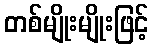
တစ်မျိုးမျိုးဖြင့်